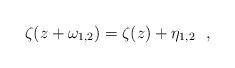
LaTeX: \begin{align*}\zeta (z + \omega_{1,2}) = \zeta (z) + \eta_{1,2}~~,\end{align*}